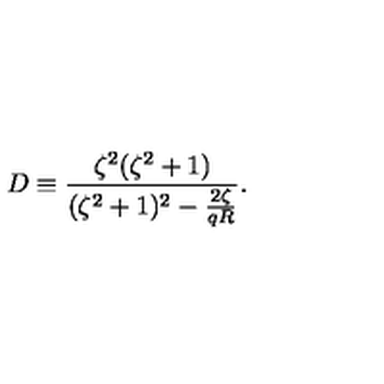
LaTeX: D \equiv \frac { \zeta ^ { 2 } ( \zeta ^ { 2 } + 1 ) } { ( \zeta ^ { 2 } + 1 ) ^ { 2 } - \frac { 2 \zeta } { q R } } .